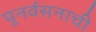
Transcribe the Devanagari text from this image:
पुनर्वसनाची